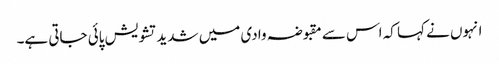
انہوں نے کہا کہ اس سے مقبوضہ وادی میں شدید تشویش پائی جاتی ہے۔